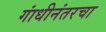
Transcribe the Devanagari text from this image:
गांधीनंतरचा